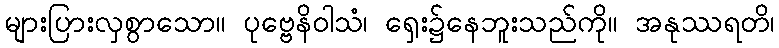
များပြားလှစွာသော။ ပုဗ္ဗေနိဝါသံ၊ ရှေး၌နေဘူးသည်ကို။ အနုဿရတိ၊